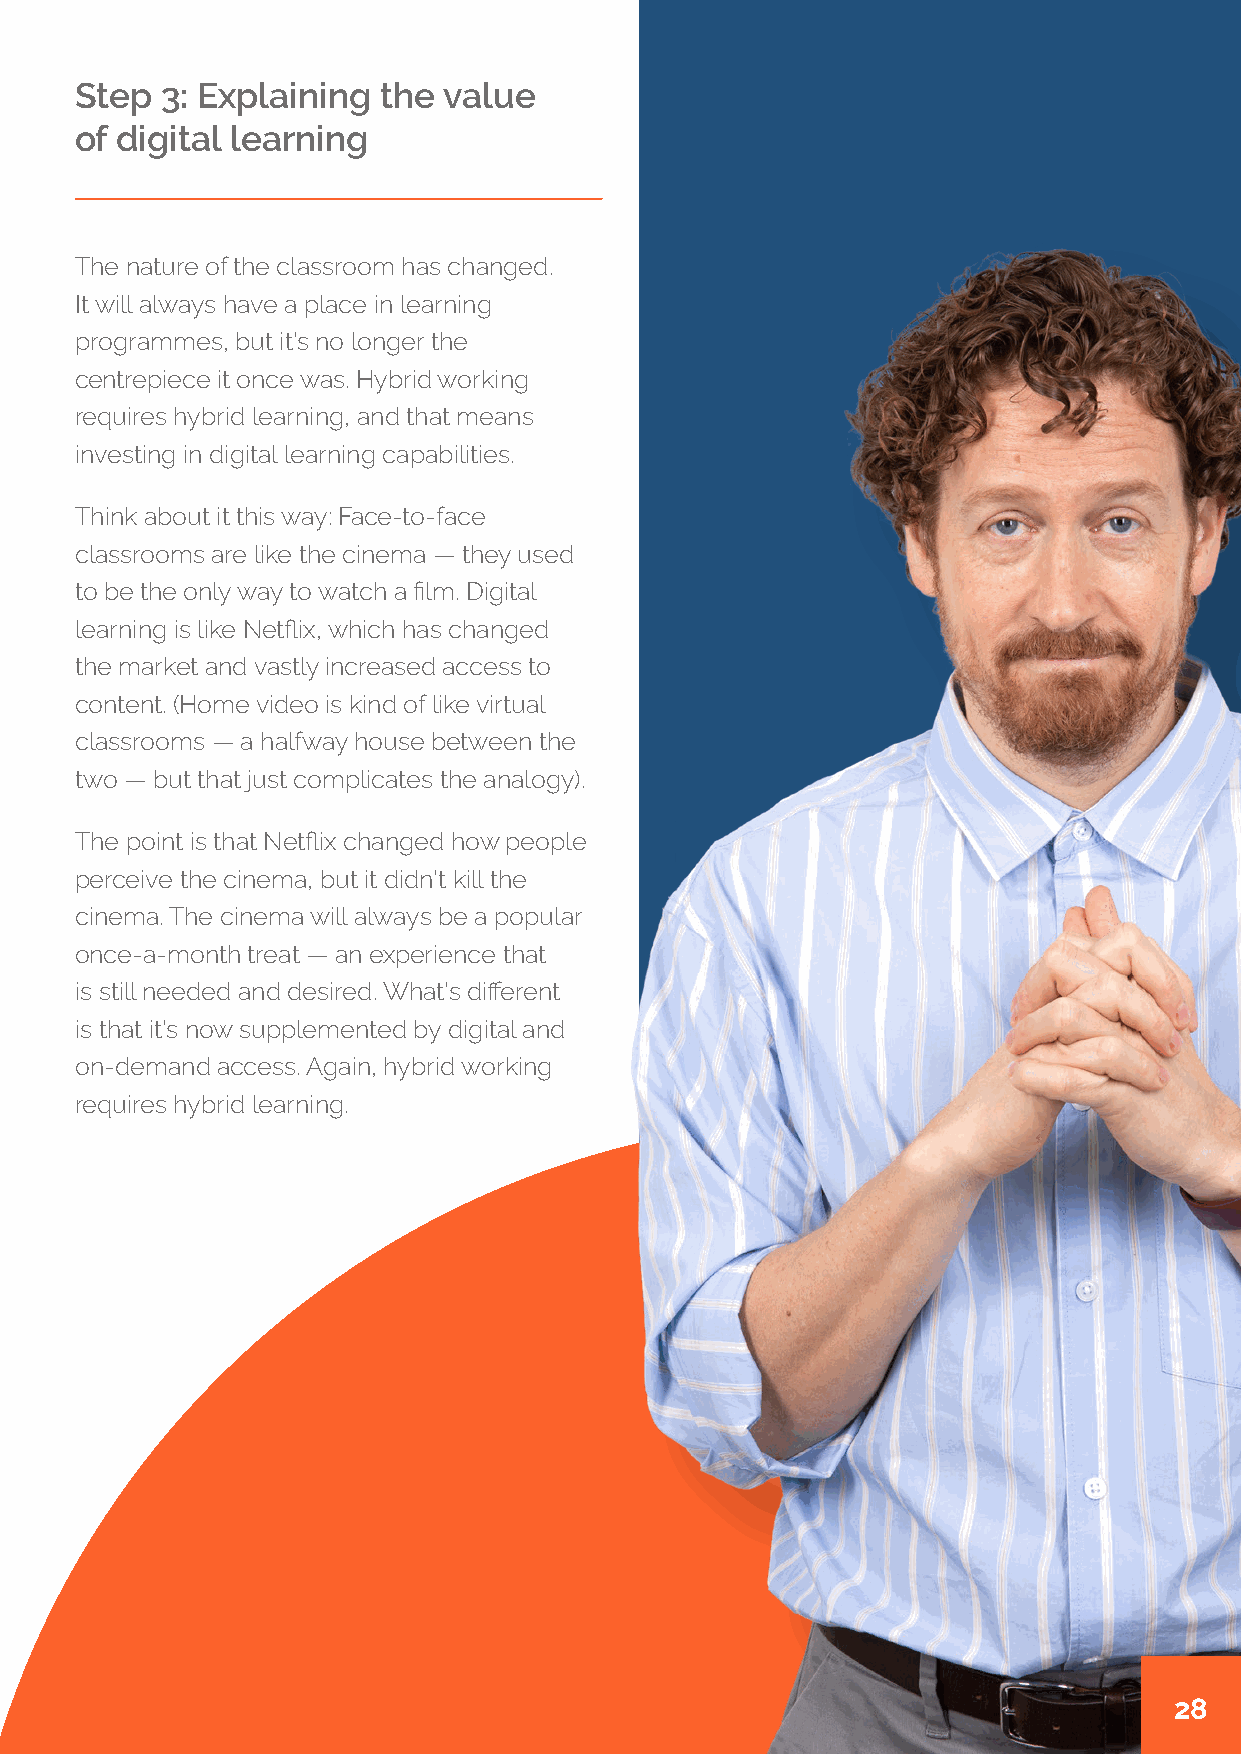
Step  3: Explaining the value
 of digital learning
 The nature of the classroom has changed.
 It will always have a place in learning
 programmes, but it’s no longer the
 centrepiece it once was. Hybrid working
 requires hybrid learning, and that means
 investing in digital learning capabilities.
 Think about it this way: Face-to-face
 classrooms are like the cinema — they used
 to be the only way to watch a film. Digital
 learning is like Netflix, which has changed
 the market and vastly increased access to
 content. (Home video is kind of like virtual
 classrooms — a halfway house between the
 two — but that just complicates the analogy).
 The point is that Netflix changed how people
 perceive the cinema, but it didn’t kill the
 cinema. The cinema will always be a popular
 once-a-month treat — an experience that
 is still needed and desired. What’s different
 is that it’s now supplemented by digital and
 on-demand access. Again, hybrid working
 requires hybrid learning.
 28